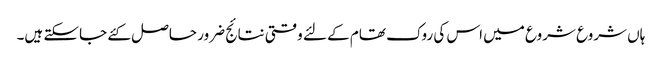
ہاں شروع شروع میں اس کی روک تھام کے لئے وقتی نتائج ضرور حاصل کئے جاسکتے ہیں۔